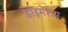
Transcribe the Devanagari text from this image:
डाइमेंशंस